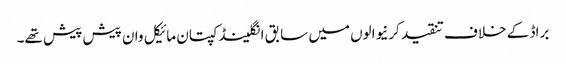
براڈ کے خلاف تنقید کرنیوالوں میں سابق انگلینڈ کپتان مائیکل وان پیش پیش تھے۔